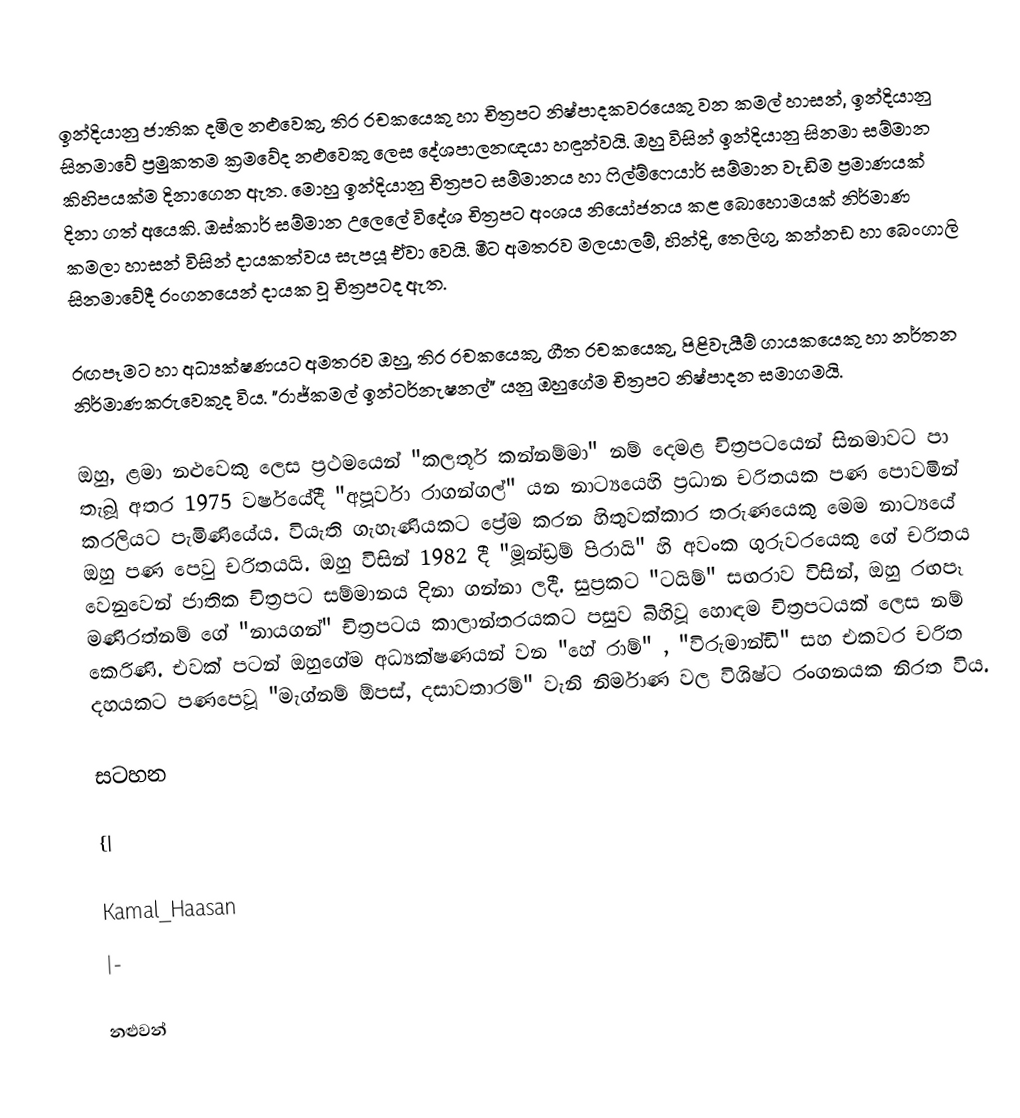
‍

ඉන්දියානු ජාතික දමිල නළුවෙකු, තිර රචකයෙකු හා චිත්‍රපට නිෂ්පාදකවරයෙකු වන කමල් හාසන්, ඉන්දියානු සිනමාවේ ප්‍රමුකතම ක්‍රමවේද නළුවෙකු ලෙස දේශපාලනඥයා හඳුන්වයි. ඔහු විසින් ඉන්දියානු සිනමා සම්මාන කිහිපයක්ම දිනාගෙන ඇත. මොහු ඉන්දියානු චිත්‍රපට සම්මානය හා ෆිල්ම්ෆෙයාර් සම්මාන වැඩිම ප්‍රමාණයක් දිනා ගත් අයෙකි. ඔස්කාර් සම්මාන උලෙලේ විදේශ චිත්‍රපට අංශය නියෝජනය කළ බොහොමයක් නිර්මාණ කමලා හාසන් විසින් දායකත්වය සැපයූ ඒවා වෙයි. මීට අමතරව මලයාලම්, හින්දි, තෙලිගු, කන්නඩ හා බෙංගාලි සිනමාවේදී රංගනයෙන් දායක වූ චිත්‍රපටද ඇත.

රඟපෑමට හා අධ්‍යක්ෂණයට අමතරව ඔහු, තිර රචකයෙකු, ගීත රචකයෙකු, පිළිවැයීම් ගායකයෙකු හා නර්තන නිර්මාණකරුවෙකුද විය. "රාජ්කමල් ඉන්ටර්නැෂනල්" යනු ඔහුගේම චිත්‍රපට නිෂ්පාදන සමාගමයි.

ඔහු, ළමා නළුවෙකු ලෙස ප්‍රථමයෙන් "කලතූර් කන්නම්මා" නම් දෙමළ චිත්‍රපටයෙන් සිනමාවට පා තැබූ අතර 1975 වර්ෂයේදී "අපූර්වා රාගන්ගල්" යන නාට්‍යයෙහි ප්‍රධාන චරිතයක පණ පොවමින් කරලියට පැමිණියේය. වි‍යැති ගැහැණියකට ප්‍රේම කරන හිතුවක්කාර තරුණයෙකු මෙම නාට්‍යයේ ඔහු පණ පෙවු චරිතයයි. ඔහු විසින් 1982 දී "මූන්ඩ්‍රම් පිරායි" හි අවංක ගුරුවරයෙකු ගේ චරිතය වෙනුවෙන් ජාතික චිත්‍රපට සම්මානය දිනා ගන්නා ලදී. සුප්‍රකට "ටයිම්" සඟරාව විසින්, ඔහු රඟපෑ මණිරත්නම් ගේ "නායගන්" චිත්‍රපටය කාලාන්තරයකට පසුව බිහිවූ හොඳම චිත්‍රපටයක් ලෙස නම් කෙරිණි. එවක් පටන් ඔහුගේම අධ්‍යක්ෂණයන් වන "හේ රාම්" , "විරුමාන්ඩි" සහ එකවර චරිත දහයකට පණපෙවූ "මැග්නම් ඕපස්, දසාවතාරම්" වැනි නිර්මාණ වල විශිෂ්ට රංගනයක නිරත විය.

සටහන

{|

Kamal_Haasan
|-

නළුවන්